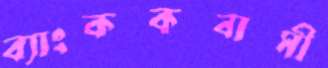
ব্যাংককবাসী